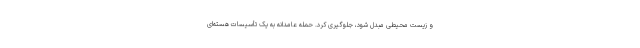
و زیست محیطی مبدل شود، جلوگیری کرد. حمله عامدانه به یک تأسیسات هسته‌ای